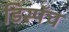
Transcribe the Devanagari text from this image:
डिस्पॅच